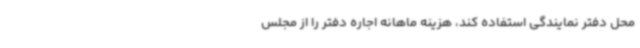
محل دفتر نمایندگی استفاده کند، هزینه ماهانه اجاره دفتر را از مجلس